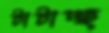
টাটাচ্ছ